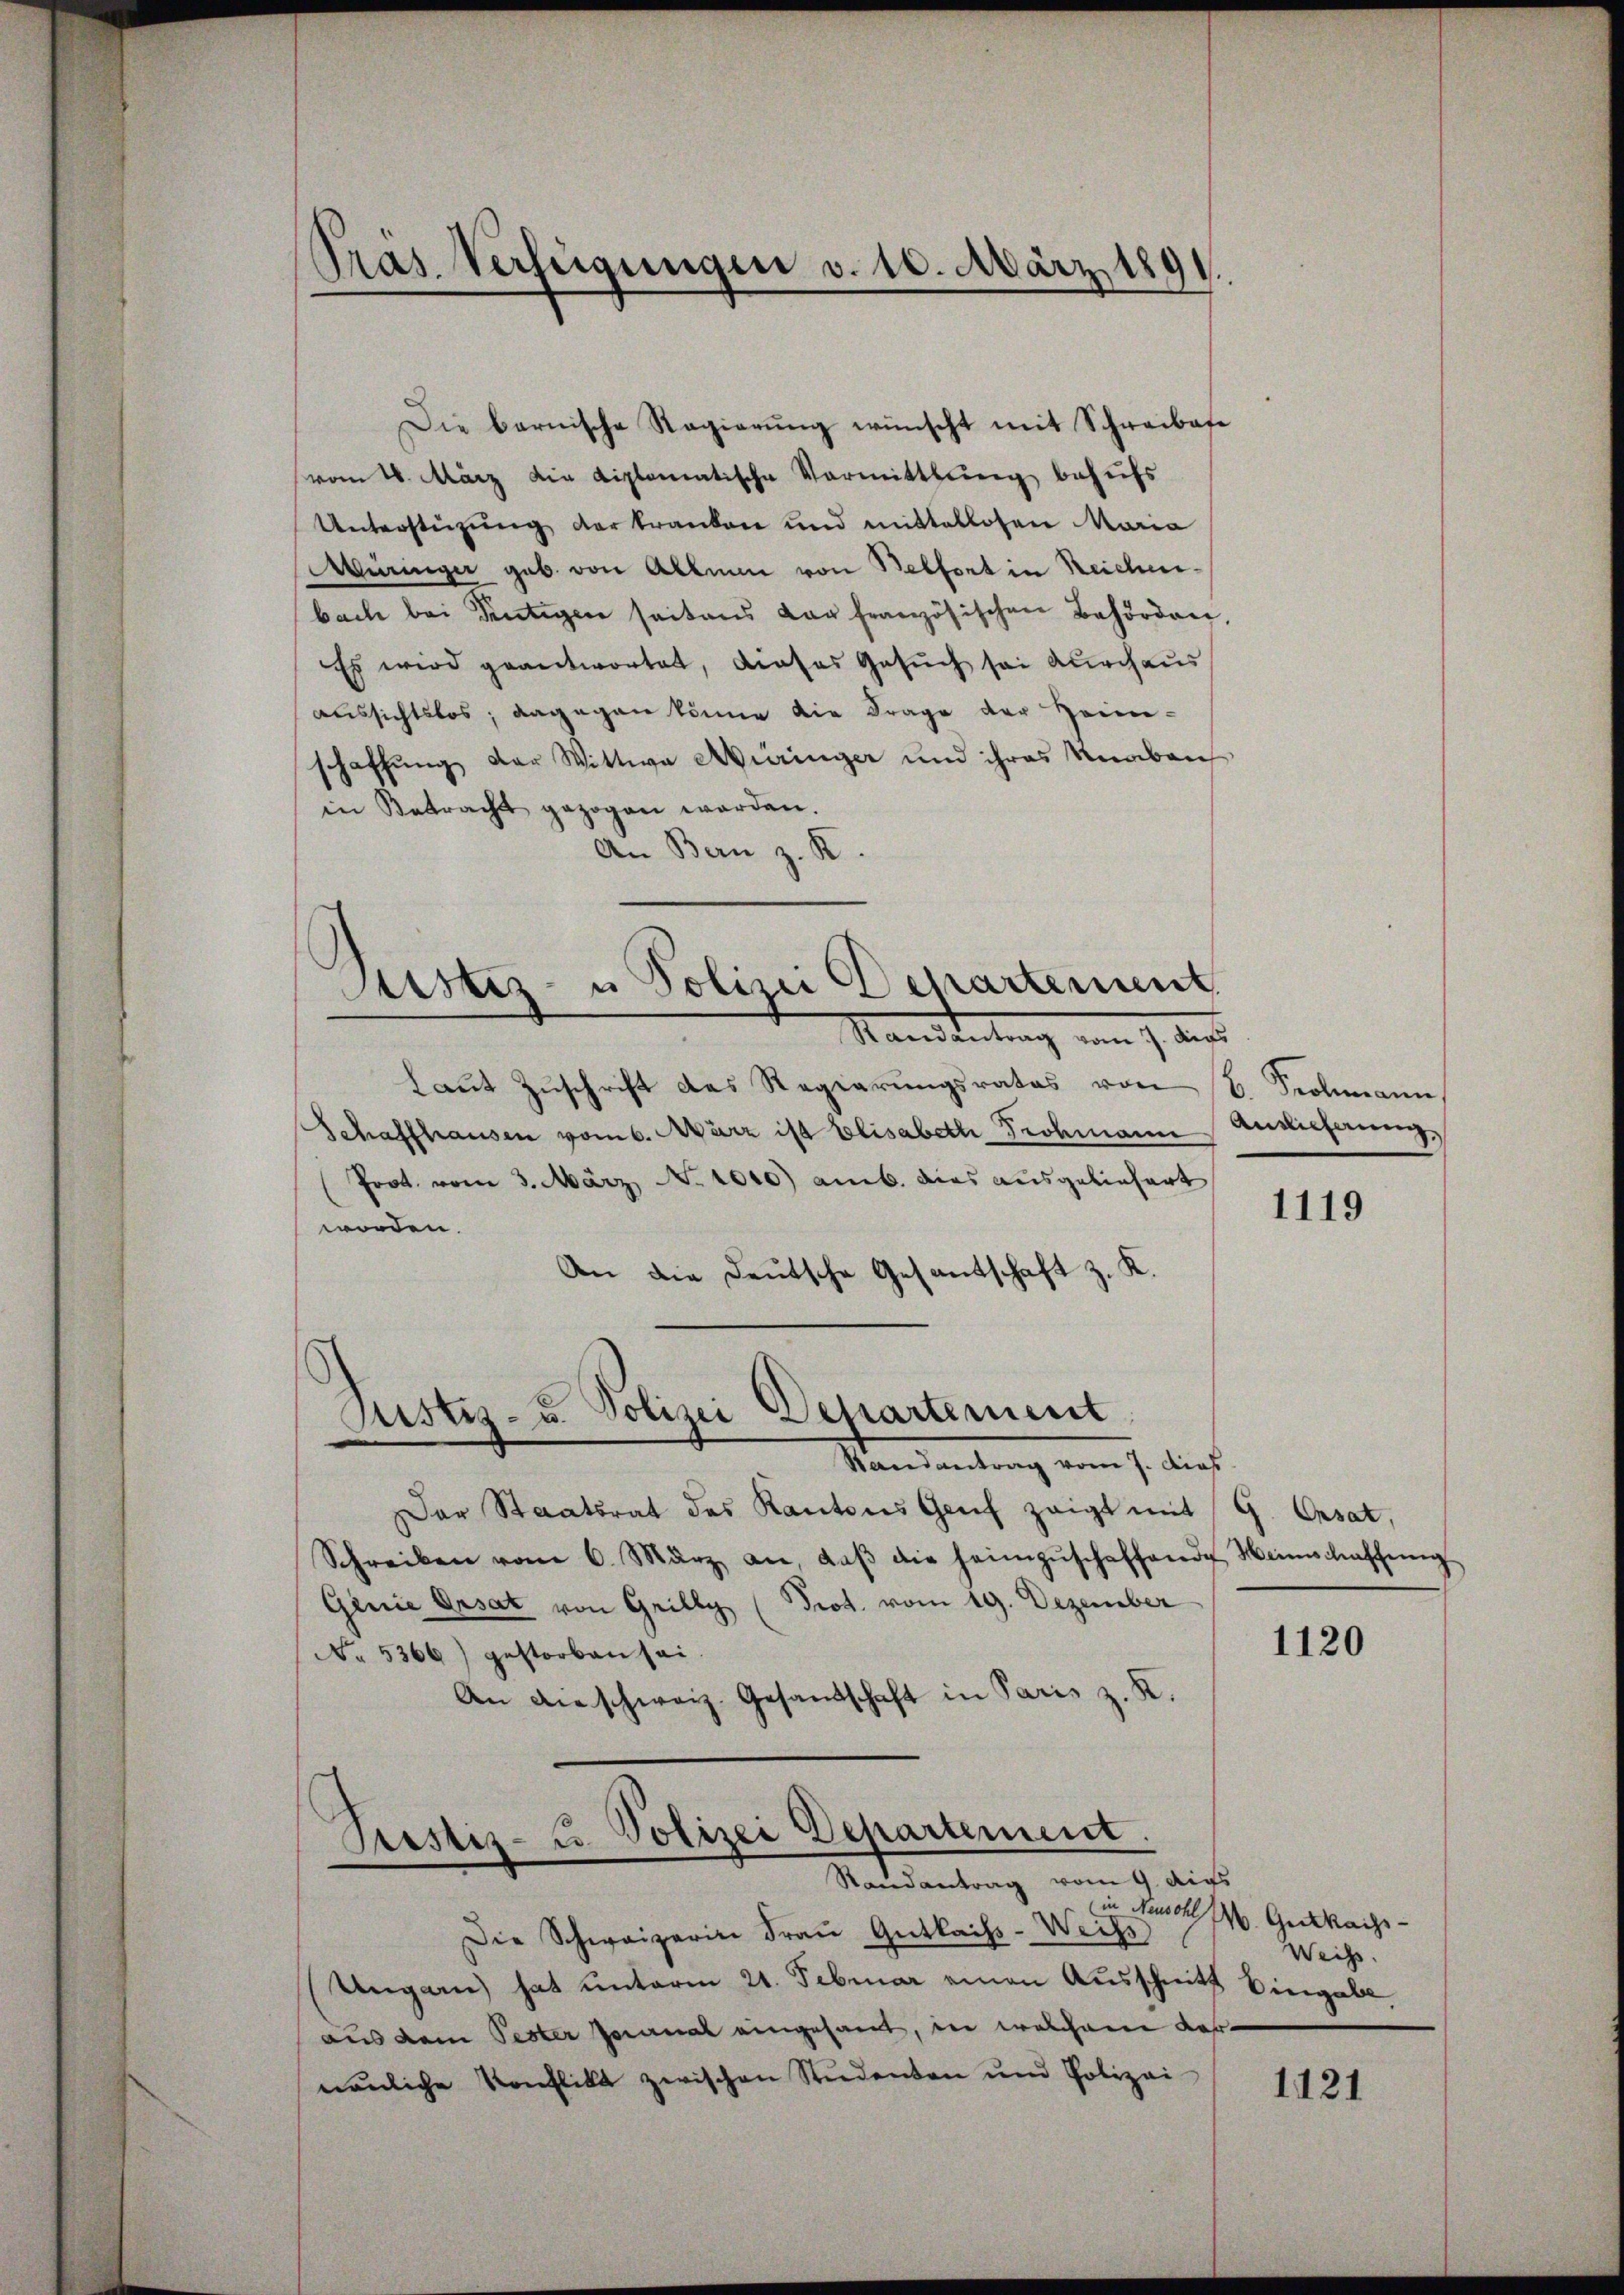
Präs. Verfügungen v. 10. März 189

Die bernische Regierung wünscht mit Schreibese
vom 18. März die diplomatische Vormittlung behufs
Unterstützung der kranken und mittellosen Maria
Müringer gab von Allein von Belfort in Reichenbach bei Sentigen seitens der französischen Behörden,
Es wird geantwortet, dieses Gesuch sei durchaus
aussichtslos; dagegen könne die Frage der Heim-
schaffung der Wittwe Aüringer und ihres Knaben
in Betracht gezogen worden.
An Bern z. R.
Mandantung von J. dies
laŭt Zŭschrift das Regierungsrates von 2. Solimann,
Schaffhausen vom 6. März ist Elisabeth Prohmann Ansicherung,
(Prot. vom 3. März No 1010) amb. dies ausgeliefert
worden.
An die Deutsche Gesandschaft z. K.
Justiz- u. Polizei Departement
Randantrag vom 7. dies
Der Staatsrat des Kantons Genf zeigt mit G
Ersat
Schreiben vom 6. März an, daβ die heimzŭschaffende Weinschaffŭng
Genie Orsat von Grilly (Prot. vom 19. Dezember
1120
No 5366) gestorben sei.
An Anschweiz. Gesandschaft in Paris z. K.
Prestiz- u Polizei Departement.
—
Randantrag vom 9. Augs
in Neusch. Gekaige
Die Schweizerin Frau Gutlaiss-Weiss
Weiss.
Ungarn hat unterm 21. Februar einen Ausschnitt Biergabe,
aus dem Pester Jeanal eingesant, in welchem dahnämliche Konflikt zwischen Studenten und Polizei-
1121

Justiz- u Polizei Departement

1119